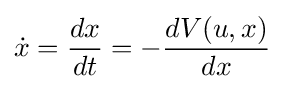
{\dot {x}}={\dfrac {dx}{dt}}=-{\dfrac {dV(u,x)}{dx}}